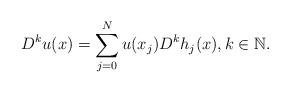
LaTeX: \begin{align*}D^k u(x)=\sum_{j=0}^N u(x_j) D^kh_j(x), k\in {\mathbb N}.\end{align*}